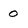
Character: 0